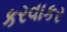
કરવાકર